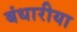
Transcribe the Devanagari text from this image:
बंधारीया